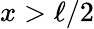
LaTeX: x>\ell/2